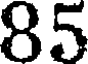
85